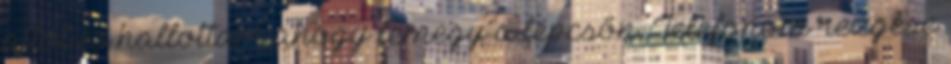
ajtót és hallottam ahogy lemegy a lépcsőn. Telefonom rezgése